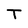
Character: T